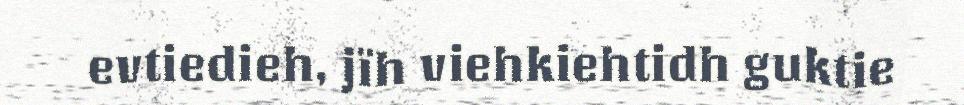
evtiedieh, jïh viehkiehtidh guktie